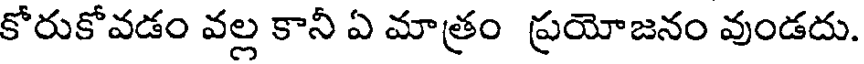
కోరుకోవడం వల్ల కానీ ఏ మాత్రం ప్రయోజనం వుండదు.